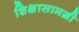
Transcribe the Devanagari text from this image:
शिक्षासामग्री